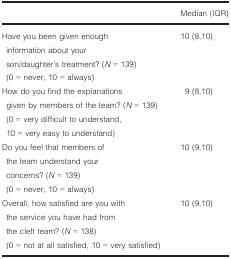
<table><thead><tr><td></td><td><b>Median (IQR)</b></td></tr></thead><tbody><tr><td>Have you been given enough information about your son/daughter’s treatment? (<i>N</i> = 139)</td><td>10 (8,10)</td></tr><tr><td>(0 = never, 10 = always)</td><td></td></tr><tr><td>How do you find the explanations given by members of the team? (<i>N</i> = 139)</td><td>9 (8,10)</td></tr><tr><td>(0 = very difficult to understand, 10 = very easy to understand)</td><td></td></tr><tr><td>Do you feel that members of the team understand your concerns? (<i>N</i> = 139)</td><td>10 (9,10)</td></tr><tr><td>(0 = never, 10 = always)</td><td></td></tr><tr><td>Overall, how satisfied are you with the service you have had from the cleft team? (<i>N</i> = 138)</td><td>10 (9,10)</td></tr><tr><td>(0 = not at all satisfied, 10 = very satisfied)</td><td></td></tr></tbody></table>